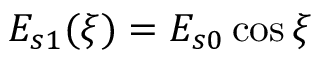
E _ { s 1 } ( \xi ) = E _ { s 0 } \cos \xi